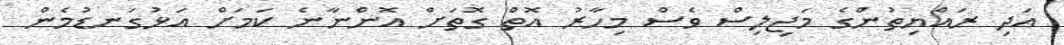
އަދި ރައްޔިތުންގެ މަޖިލިސް ވެސް މިހާރު އޮތް ގޮތަށް އޮންނާނެ ކަމަށް އަޅުގަނޑުމެން